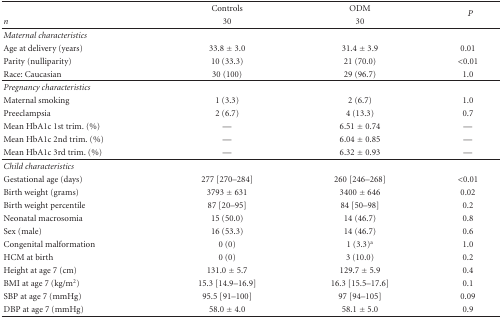
<table><thead><tr><td></td><td><b>Controls</b></td><td><b>ODM</b></td><td rowspan="2"><b><i>P</i></b></td></tr><tr><td><b><i>n</i></b></td><td><b>30</b></td><td><b>30</b></td></tr></thead><tbody><tr><td><i>Maternal characteristics</i></td><td></td><td></td><td></td></tr><tr><td> Age at delivery (years)</td><td>33.8 ± 3.0</td><td>31.4 ± 3.9</td><td>0.01</td></tr><tr><td> Parity (nulliparity)</td><td>10 (33.3)</td><td>21 (70.0)</td><td>&lt;0.01</td></tr><tr><td> Race: Caucasian</td><td>30 (100)</td><td>29 (96.7)</td><td>1.0</td></tr><tr><td><i>Pregnancy characteristics</i></td><td></td><td></td><td></td></tr><tr><td> Maternal smoking</td><td>1 (3.3)</td><td>2 (6.7)</td><td>1.0</td></tr><tr><td> Preeclampsia</td><td>2 (6.7)</td><td>4 (13.3)</td><td>0.7</td></tr><tr><td> Mean HbA1c 1st trim. (%)</td><td>—</td><td>6.51 ± 0.74</td><td>—</td></tr><tr><td> Mean HbA1c 2nd trim. (%)</td><td>—</td><td>6.04 ± 0.85</td><td>—</td></tr><tr><td> Mean HbA1c 3rd trim. (%)</td><td>—</td><td>6.32 ± 0.93</td><td>—</td></tr><tr><td><i>Child characteristics</i></td><td></td><td></td><td></td></tr><tr><td> Gestational age (days)</td><td>277 [270–284]</td><td>260 [246–268]</td><td>&lt;0.01</td></tr><tr><td> Birth weight (grams)</td><td>3793 ± 631</td><td>3400 ± 646</td><td>0.02</td></tr><tr><td> Birth weight percentile</td><td>87 [20–95]</td><td>84 [50–98]</td><td>0.2</td></tr><tr><td> Neonatal macrosomia</td><td>15 (50.0)</td><td>14 (46.7)</td><td>0.8</td></tr><tr><td> Sex (male)</td><td>16 (53.3)</td><td>14 (46.7)</td><td>0.6</td></tr><tr><td> Congenital malformation</td><td>0 (0)</td><td>1 (3.3)<sup>a</sup></td><td>1.0</td></tr><tr><td> HCM at birth</td><td>0 (0)</td><td>3 (10.0)</td><td>0.2</td></tr><tr><td> Height at age 7 (cm)</td><td>131.0 ± 5.7</td><td>129.7 ± 5.9</td><td>0.4</td></tr><tr><td> BMI at age 7 (kg/m<sup>2</sup>)</td><td>15.3 [14.9–16.9]</td><td>16.3 [15.5–17.6]</td><td>0.1</td></tr><tr><td> SBP at age 7 (mmHg)</td><td>95.5 [91–100]</td><td>97 [94–105]</td><td>0.09</td></tr><tr><td> DBP at age 7 (mmHg)</td><td>58.0 ± 4.0</td><td>58.1 ± 5.0</td><td>0.9</td></tr></tbody></table>